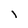
Character: i